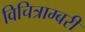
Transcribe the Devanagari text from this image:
विचित्राम्बरी